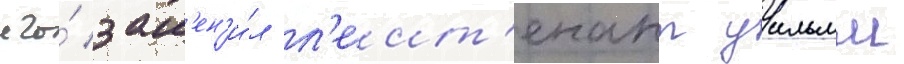
его́ зам'ен'и́л л'еит'енант уильям